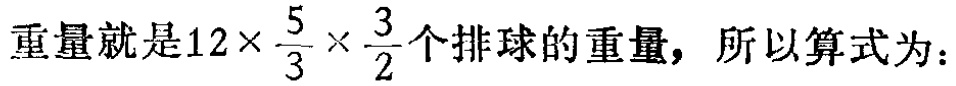
重量就是\(12\times\frac{5}{3}\times\frac{3}{2}\)个排球的重量，所以算式为：